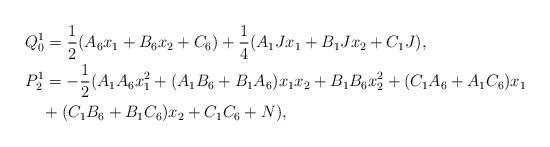
LaTeX: \begin{align*}&Q_0^1=\frac{1}{2}(A_6x_1+B_6x_2+C_6)+\frac{1}{4}(A_1Jx_1+B_1Jx_2+C_1J),\\&P_2^1= -\frac{1}{2}(A_1A_6x_1^2+(A_1B_6+B_1A_6)x_1x_2+B_1B_6x_2^2+(C_1A_6+A_1C_6)x_1\\&\quad+(C_1B_6+B_1C_6)x_2+C_1C_6+N),\end{align*}